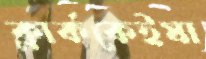
ক্লার্ককেইষা